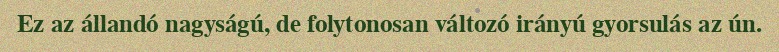
Ez az állandó nagyságú, de folytonosan változó irányú gyorsulás az ún.